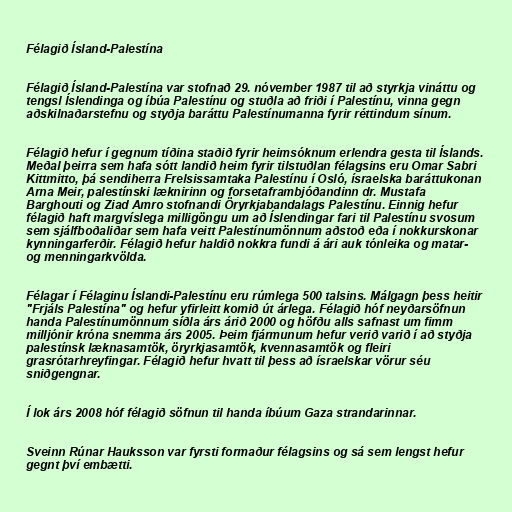
Félagið Ísland-Palestína

Félagið Ísland-Palestína var stofnað 29. nóvember 1987 til að styrkja vináttu og
tengsl Íslendinga og íbúa Palestínu og stuðla að friði í Palestínu, vinna gegn
aðskilnaðarstefnu og styðja baráttu Palestínumanna fyrir réttindum sínum.

Félagið hefur í gegnum tíðina staðið fyrir heimsóknum erlendra gesta til Íslands.
Meðal þeirra sem hafa sótt landið heim fyrir tilstuðlan félagsins eru Omar Sabri
Kittmitto, þá sendiherra Frelsissamtaka Palestínu í Osló, ísraelska baráttukonan
Arna Meir, palestínski læknirinn og forsetaframbjóðandinn dr. Mustafa
Barghouti og Ziad Amro stofnandi Öryrkjabandalags Palestínu. Einnig hefur
félagið haft margvíslega milligöngu um að Íslendingar fari til Palestínu svosum
sem sjálfboðaliðar sem hafa veitt Palestínumönnum aðstoð eða í nokkurskonar
kynningarferðir. Félagið hefur haldið nokkra fundi á ári auk tónleika og matar-
og menningarkvölda.

Félagar í Félaginu Íslandi-Palestínu eru rúmlega 500 talsins. Málgagn þess heitir
"Frjáls Palestína" og hefur yfirleitt komið út árlega. Félagið hóf neyðarsöfnun
handa Palestínumönnum síðla árs árið 2000 og höfðu alls safnast um fimm
milljónir króna snemma árs 2005. Þeim fjármunum hefur verið varið í að styðja
palestínsk læknasamtök, öryrkjasamtök, kvennasamtök og fleiri
grasrótarhreyfingar. Félagið hefur hvatt til þess að ísraelskar vörur séu
sniðgengnar.

Í lok árs 2008 hóf félagið söfnun til handa íbúum Gaza strandarinnar.

Sveinn Rúnar Hauksson var fyrsti formaður félagsins og sá sem lengst hefur
gegnt því embætti.